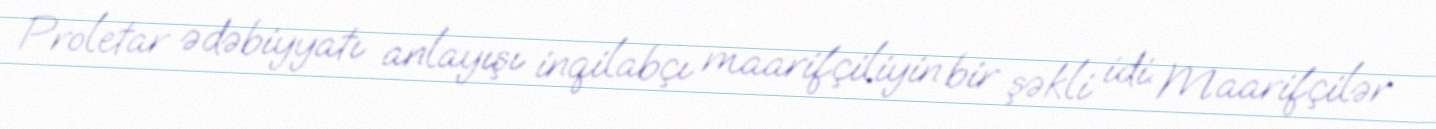
Proletar ədəbiyyatı anlayışı inqilabçı maarifçiliyin bir şəkli idi. Maarifçilər